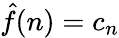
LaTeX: {\hat{f}}(n)=c_{n}